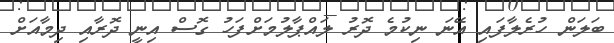
ބަލަން ހުރެލާފައި އޭނަ ނިކުމެ ދޮރު ލައްޕާލުމަށްފަހު ގޮސް އިނީ ދޮރާއި ދިމާއަށް